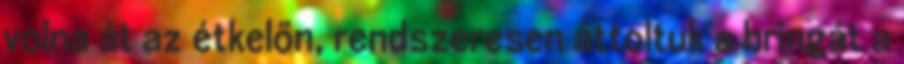
volna át az étkelőn, rendszeresen áttoltuk a bringát a